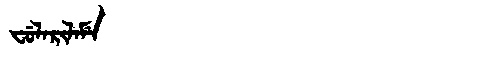
Manchu: ᠸᡠᠯᠠᡵᡳᠯᠠᠮᡝ
Romanization: FULARILAME